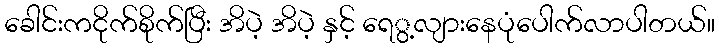
ခေါင်းကငိုက်စိုက်ပြီး အိပဲ့ အိပဲ့ နှင့် ရေွ့လျားနေပုံပေါက်လာပါတယ်။